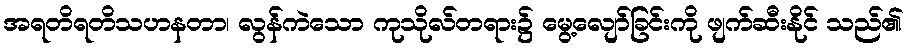
အရတိရတိသဟနတာ၊ လွန်ကဲသော ကုသိုလ်တရား၌ မွေ့လျော်ခြင်းကို ဖျက်ဆီးနိုင် သည်၏